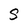
Character: g